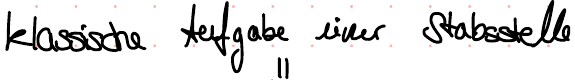
klassische Aufgabe einer Stabstelle